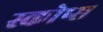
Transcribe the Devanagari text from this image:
स्कोप्स